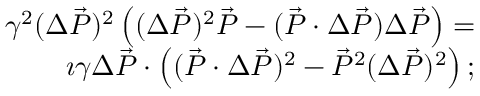
\begin{array} { r l r } & { } & { \gamma ^ { 2 } ( \Delta \vec { P } ) ^ { 2 } \left( ( \Delta \vec { P } ) ^ { 2 } \vec { P } - ( \vec { P } \cdot \Delta \vec { P } ) \Delta \vec { P } \right) = } \\ & { } & { \imath \gamma \Delta \vec { P } \cdot \left( ( \vec { P } \cdot \Delta \vec { P } ) ^ { 2 } - \vec { P } ^ { 2 } ( \Delta \vec { P } ) ^ { 2 } \right) ; } \end{array}